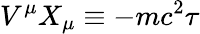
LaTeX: V^{\mu}X_{\mu}\equiv-mc^{2}\tau